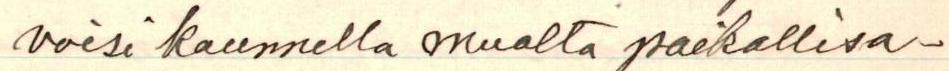
voisi kuunnella mualta paikallisa-